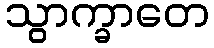
သွာက္ခာတေ